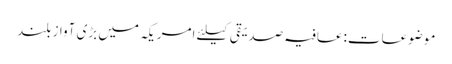
موضوعات:عافیہ صدیقی کیلئے امریکہ میں بڑی آواز بلند